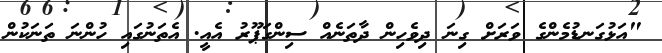
"އަޅުގަނޑުމެންގެ ވަރަށް ގިނަ ދިވެހިން ދާތަނެއް ސިންގަޕޫރު އެއީ. އެތަނުގައި ހުންނަ ތަނަކުން